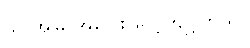
သူ အမြဲ အပြေး လေ့ကျင့်တယ်။